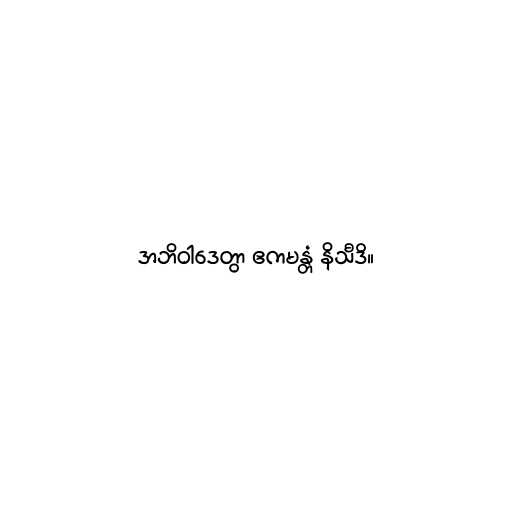
အဘိဝါဒေတွာ ဧကမန္တံ နိသီဒိ။